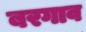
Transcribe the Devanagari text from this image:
बरगाव